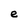
Character: e